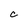
Character: C